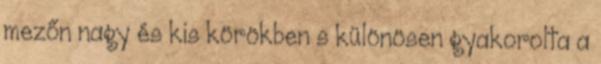
mezőn nagy és kis körökben s különösen gyakorolta a